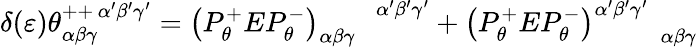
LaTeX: \delta(\varepsilon)\theta_{\alpha\beta\gamma}^{++\, \alpha^{\prime}\beta^{\prime}\gamma^{\prime}}=\left(P_{\theta}^{+}EP_{\theta}^{-}\right)_{\alpha\beta\gamma}^{\, \, \, \, \, \, \, \, \, \, \, \, \alpha^{\prime}\beta^{\prime}\gamma^{\prime}}+\left(P_{\theta}^{+}EP_{\theta}^{-}\right)_{\, \, \, \, \, \, \, \, \quad\alpha\beta\gamma}^{\alpha^{\prime}\beta^{\prime}\gamma^{\prime}}